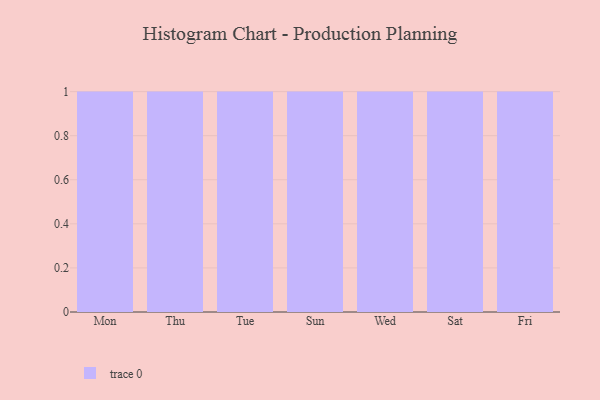
{"axis": {"x": "Day", "y": "Backlog"}, "legend": [""], "data": [{"x": "Mon", "y": 66, "type": ""}, {"x": "Thu", "y": 9, "type": ""}, {"x": "Tue", "y": 95, "type": ""}, {"x": "Sun", "y": 45, "type": ""}, {"x": "Wed", "y": 27, "type": ""}, {"x": "Sat", "y": 81, "type": ""}, {"x": "Fri", "y": 45, "type": ""}]}